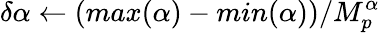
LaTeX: \delta\alpha\gets(max(\alpha)-min(\alpha))/M_{p}^{\alpha}